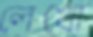
লেখো